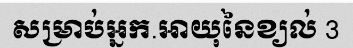
សម្រាប់អ្នក.អាយុនៃខ្យល់ 3